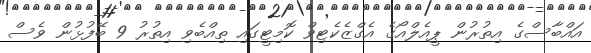
އައްބާސްގެ އިތުރުން ޕީއެލްއޯގެ އެގްޒެކެޓިވް ކޮމިޓީގައި ތިއްބެވި އިތުރު 9 ބޭފުޅުން ވެސް